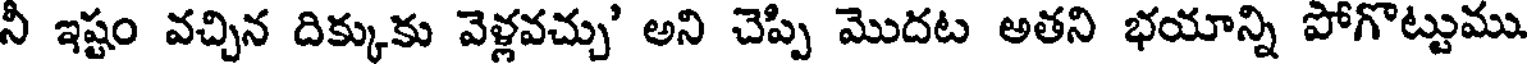
నీ ఇష్టం వచ్చిన దిక్కుకు వెళ్లవచ్చు' అని చెప్పి మొదట అతని భయాన్ని పోగొట్టుము